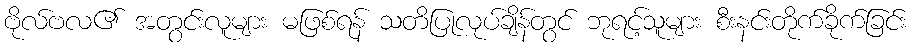
ဗိုလ်ဗလ၏ အတွင်းလူများ မဖြစ်ရန် သတိပြုလုပ်ချိန်တွင် ဘုရင့်သူများ စီးနင်းတိုက်ခိုက်ခြင်း